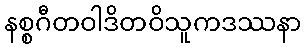
နစ္စဂီတဝါဒိတဝိသူကဒဿနာ